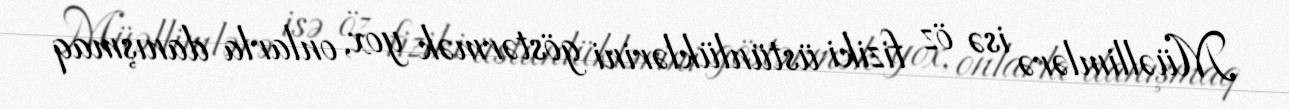
Müəllimlərə isə öz fiziki üstünlüklərini göstərmək yox, onlarla danışmaq